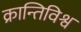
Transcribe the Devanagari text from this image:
क्रान्तिविश्व